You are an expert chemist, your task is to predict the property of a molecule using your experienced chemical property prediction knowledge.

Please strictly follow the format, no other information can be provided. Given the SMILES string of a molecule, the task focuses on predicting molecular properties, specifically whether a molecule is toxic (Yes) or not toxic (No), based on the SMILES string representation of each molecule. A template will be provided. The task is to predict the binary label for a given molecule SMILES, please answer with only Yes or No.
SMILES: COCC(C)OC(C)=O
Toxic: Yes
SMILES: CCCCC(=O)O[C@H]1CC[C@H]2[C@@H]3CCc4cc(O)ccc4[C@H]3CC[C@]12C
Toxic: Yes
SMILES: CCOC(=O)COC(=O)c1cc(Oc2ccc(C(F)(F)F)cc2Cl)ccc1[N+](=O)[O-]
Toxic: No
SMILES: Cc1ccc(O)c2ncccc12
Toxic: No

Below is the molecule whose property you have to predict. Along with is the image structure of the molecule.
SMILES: Clc1cc(Cl)c(Cl)nc1Cl
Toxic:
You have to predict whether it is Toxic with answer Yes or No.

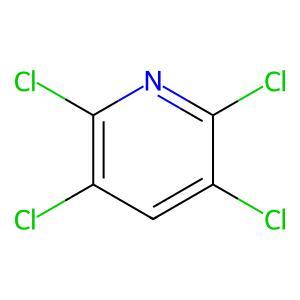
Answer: No